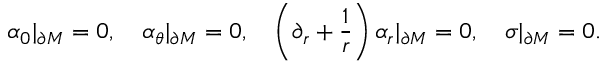
\alpha _ { 0 } | _ { \partial M } = 0 , \quad \alpha _ { \theta } | _ { \partial M } = 0 , \quad \left( \partial _ { r } + \frac 1 r \right) \alpha _ { r } | _ { \partial M } = 0 , \quad \sigma | _ { \partial M } = 0 .